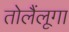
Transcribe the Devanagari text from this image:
तोलैंलूगा